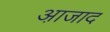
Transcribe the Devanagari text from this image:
आ़जाद